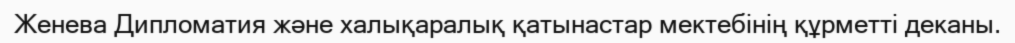
Женева Дипломатия және халықаралық қатынастар мектебінің құрметті деканы.